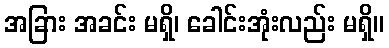
အခြား အခင်း မရှိ၊ ခေါင်းအုံးလည်း မရှိ။